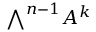
{ \textstyle \bigwedge } ^ { n - 1 } A ^ { k }